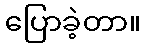
ပြောခဲ့တာ။